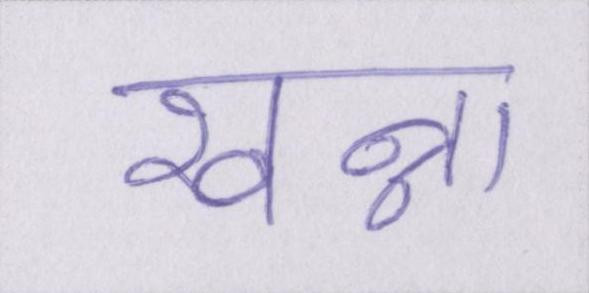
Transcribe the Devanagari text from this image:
खन्ना